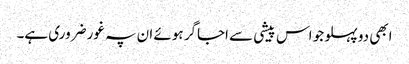
ابھی دو پہلو جو اس پیشی سے اجاگر ہوئے ان پہ غور ضروری ہے۔